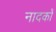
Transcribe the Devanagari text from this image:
नादकों